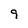
Character: 9